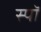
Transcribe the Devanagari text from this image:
स्पॉ